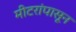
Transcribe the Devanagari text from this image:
मीटरांपासून